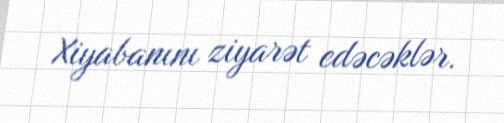
Xiyabanını ziyarət edəcəklər.